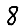
Digit: 8